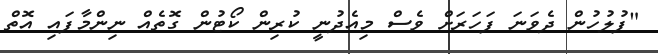
"ފުލުހުން ދެވަނަ ފަހަރަށް ވެސް މިއެދުނީ ކުރިން ކޯޓުން ގޮތެއް ނިންމާފައި އޮތް